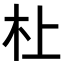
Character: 𪱲